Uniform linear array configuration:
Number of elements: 16
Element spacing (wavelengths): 1
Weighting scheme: blackman
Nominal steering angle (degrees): -30
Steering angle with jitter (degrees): -31.745
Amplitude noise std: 0.05
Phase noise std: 0.05

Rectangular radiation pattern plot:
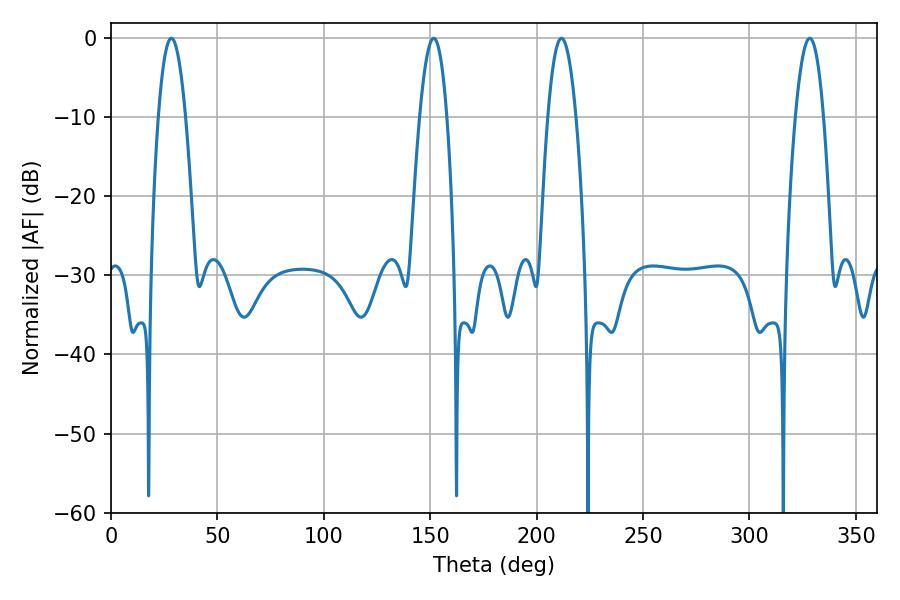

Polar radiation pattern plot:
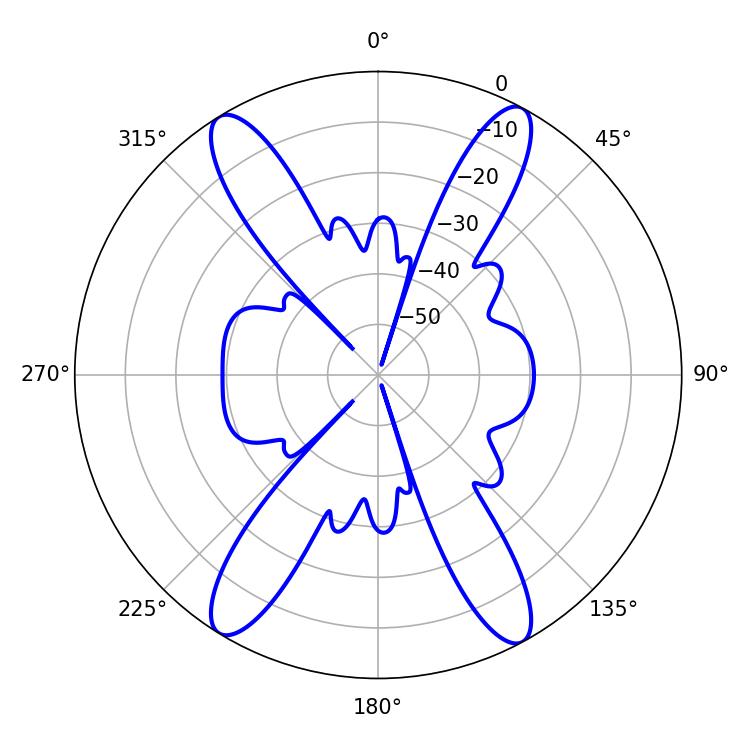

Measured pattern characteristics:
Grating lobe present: TRUE
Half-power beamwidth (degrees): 7.2
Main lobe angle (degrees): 211.68